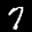
Label: 7